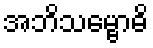
အဘိသမ္ဗောဓိ